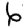
Digit: 6